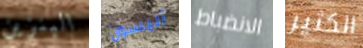
البنزين أليسون الانضباط الكثير